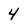
Character: 4